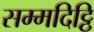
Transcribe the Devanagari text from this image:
सम्मदिट्ठि